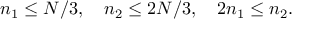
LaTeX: n _ { 1 } \le N / 3 , \quad n _ { 2 } \le 2 N / 3 , \quad 2 n _ { 1 } \le n _ { 2 } .